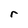
Character: r